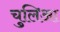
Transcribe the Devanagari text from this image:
चुलिआ